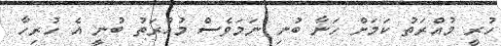
ހުރީ މުއްރަތު ކަމަށް ހަނާ ބުނި ނަމަވެސް މުއްރަތު ބުނީ އެ ހުރިހާ